Annual vaccination report of Bihar and Orissa - 1911-1928
Year: 1911
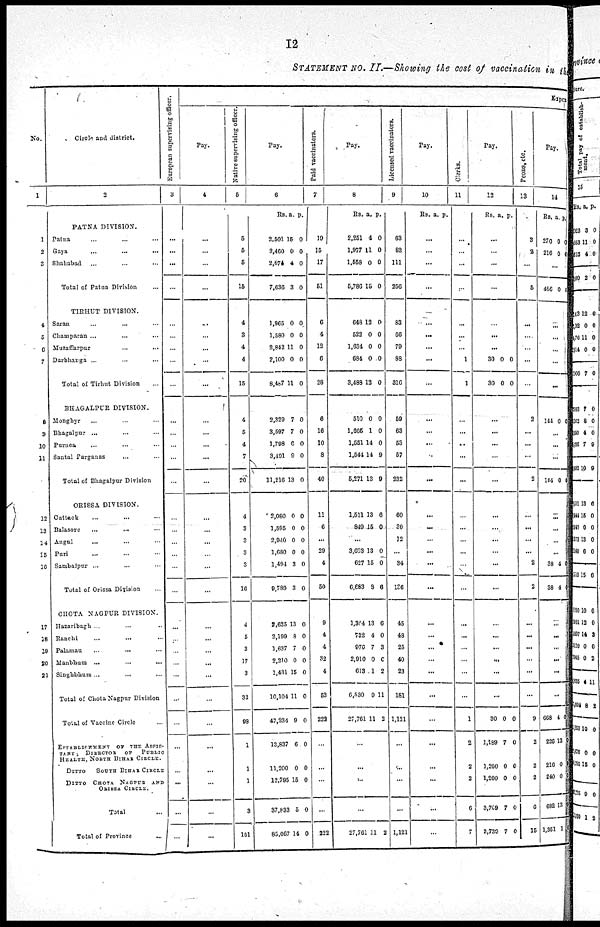
12
STATEMENT NO. II.—Showing the cost of vaccination in the
No.
1
1
2
3
4
5
6
7
8
9
10
11
12
13
14
15
16
17
18
19
20
21
Circle and district.
2
PATNA DIVISION.
Patna ... ... ...
Gaya
...
...
...
Shahabad ... ... ...
Total of Patna Division ...
TIRHUT DIVISION.
Saran ... ... ...
Champaran ... ... ...
Muzaffarpur
...
...
...
Darbhanga ... ... ...
Total of Tirhut Division ...
BHAGALPUR DIVISION.
Mongbyr ... ... ...
Bhagalpur ... ... ...
Purnea ... ... ...
Santal Parganas ... ... ...
Total of Bhagalpur Division
ORISSA DIVISION.
Cattack ... ... ...
Balasore
...
...
...
Angul ... ... ...
Puri ... ... ...
Sambalpur ... ... ...
Total of Orissa Division ...
CHOTA NAGPUR DIVISION.
Hazaribagh ... ... ...
Ranchi
...
...
...
Palamau
...
...
...
Manbhum ... ... ...
Singbbhurn ... ... ...
Total of Chota Nagpur Division
Total of Vaccine Circle ...
ESTABLISHMENT
OF THE ASSIS-
TANTS DIRECTOR
OF
PUBLIC
HEALTH, NORTH BIHAR CIRCLE.
DITTO
SOUTH BIHAR CIRCLE
DITTO CHOTA NAGPUR AND
ORISSA CIRCLE.
Total ...
Total of Province ...
European supervising officer.
3
...
...
...
...
...
...
...
...
...
...
...
...
...
...
...
...
...
...
...
...
...
...
...
...
...
...
...
...
...
...
...
...
Expen
Pay.
4
...
...
...
...
...
...
...
...
...
...
...
...
...
...
...
...
...
...
...
...
...
...
...
...
...
...
...
...
...
...
...
...
Native supervising officer.
5
5
5
5
15
4
3
4
4
15
4
5
4
7
20
4
3
3
3
3
16
4
5
3
17
3
32
98
1
1
1
3
101
Pay.
6
Rs. a. p.
2,501
2,460
2,674
7,636
15
0
4
3
0
0
0
0
1,965
1,580
2,842
2,100
8,487
0
0
11
0
11
0
0
0
0
0
2,329
3,597
1,798
3,491
11,216
7
7
6
9
13
0
0
0
0
0
2,080
1,595
2,940
1,680
1,494
9,789
0
0
0
0
3
3
0
0
0
0
0
0
2,625
2,199
1,637
2,210
1,431
10,104
47,234
13,837
11,200
12,795
37,833
85,067
13
8
7
0
15
11
9
6
0
15
5
14
0
0
0
0
0
0
0
0
0
0
0
0
Paid vaccinators.
7
10
15
17
51
0
4
12
6
28
6
16
00
8
40
11
6
...
29
4
50
9
4
4
32
4
53
222
...
...
...
...
222
Pay.
8
Rs. a. p.
2,251
1,977
1,558
5,786
4
11
0
15
0
0
0
0
648
523
1,634
684
3,488
12
0
0
0
13
0
0
0
0
0
510
1,665
1,551
1,544
5,271
0
1
14
14
13
0
0
0
9
9
1,511
849
13
15
6
0
...
3,693
627
6,683
13
15
3
0
0
6
1,304
732
970
2,910
613
6,530
27,761
13
4
7
0
1
9
11
6
0
3
0
2
11
2
...
...
...
...
27,761 11 2
Licensed vaccinators.
9
63
82
111
256
83
66
79
88
316
59
63
53
57
232
60
30
12
...
34
136
45
48
25
40
23
181
1,121
...
...
...
...
1,121
Pay.
10
Rs. a. p.
...
...
...
...
...
...
...
...
...
...
...
...
...
...
...
...
...
...
...
...
...
...
...
...
...
...
...
...
...
...
...
...
Clerks.
11
...
...
...
...
...
...
...
1
1
...
...
...
...
...
...
...
...
...
...
...
...
...
...
...
...
...
1
2
2
2
6
7
Pay.
12
Rs. a. p.
...
...
...
...
...
...
...
30
30
0
0
0
0
...
...
...
...
...
...
...
...
...
...
...
...
...
...
...
...
...
30
1,189
1,260
1,260
3,709
3,739
0
7
0
0
7
7
0
0
0
0
0
0
Peons, etc.
13
3
2
...
5
...
...
...
...
...
2
...
...
...
2
...
...
...
...
2
2
...
...
...
...
...
...
9
2
2
2
0
15
Pay.
14
Rs. a. p.
270
216
0
0
0
0
...
486 0 0
...
...
...
...
...
144 0 0
...
...
...
144 0 0
...
...
...
...
38
38
4
4
0
0
...
...
...
...
...
...
668
226
216
240
682
1,351
4
13
0
0
13
1
0